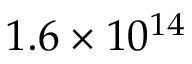
1 . 6 \times 1 0 ^ { 1 4 }